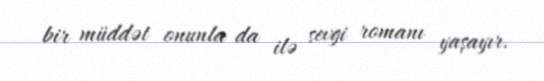
bir müddət onunla da ilə sevgi romanı yaşayır.